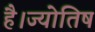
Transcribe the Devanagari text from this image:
है।ज्योतिष